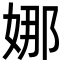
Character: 娜